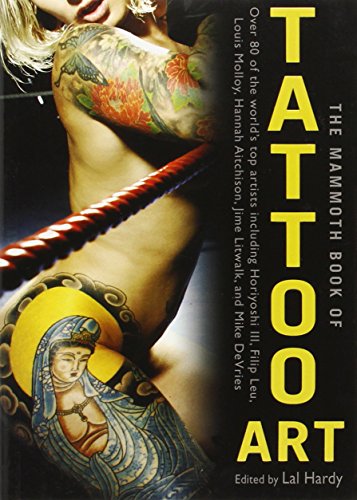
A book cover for The Mammoth Book of Tattoo Art; Arts & Photography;